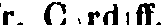
r. Cardiff.